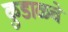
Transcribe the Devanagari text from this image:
कुडाळचे